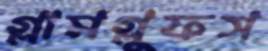
গ্লামগ্লুফস